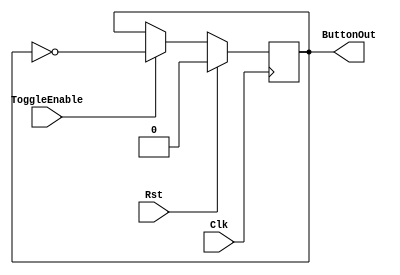
`timescale 1ns / 1ps
//////////////////////////////////////////////////////////////////////////////////
// Company: 
// Engineer: 
// 
// Design Name: 
// Module Name:    BCD2SevenSegments 
// Project Name: 
// Target Devices: 
// Tool versions: 
// Description: 
//
// Dependencies: 
//
// Revision: 
// Revision 0.01 - File Created
// Additional Comments: 
//
//////////////////////////////////////////////////////////////////////////////////
module ButtonDriver
(
	input					Clk,
	input					Rst,
	input					ToggleEnable,
	output				ButtonOut
);
	
	reg	ButtonOut_q;
	reg	ButtonOut_d;

	assign ButtonOut	=	ButtonOut_q;

	
	always @(posedge Clk)
	begin
		if(Rst)
		begin
			ButtonOut_q	<=		1'b0;
		end
		else
		begin
			if(ToggleEnable)
			begin
				ButtonOut_q			<=		ButtonOut_d;
			end
			else
			begin
				ButtonOut_q			<=		ButtonOut_q;
			end
		end
	end
	
	always	@*
	begin
		ButtonOut_d	=	~ButtonOut_q;
	end
endmodule